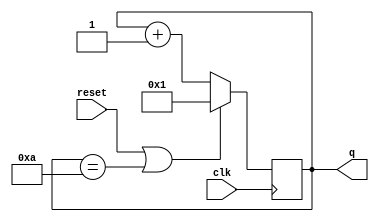
module top_module (
    input clk,
    input reset,
    output [3:0] q);

    initial
        q = 4'd1;
    
    always @(posedge clk)
        if(reset | q == 4'd10)
            q = 4'd1;
    	else
            q = q + 1'b1;
endmodule